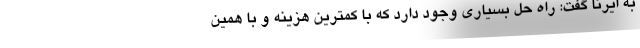
به ایرنا گفت: راه حل بسیاری وجود دارد که با کمترین هزینه و با همین